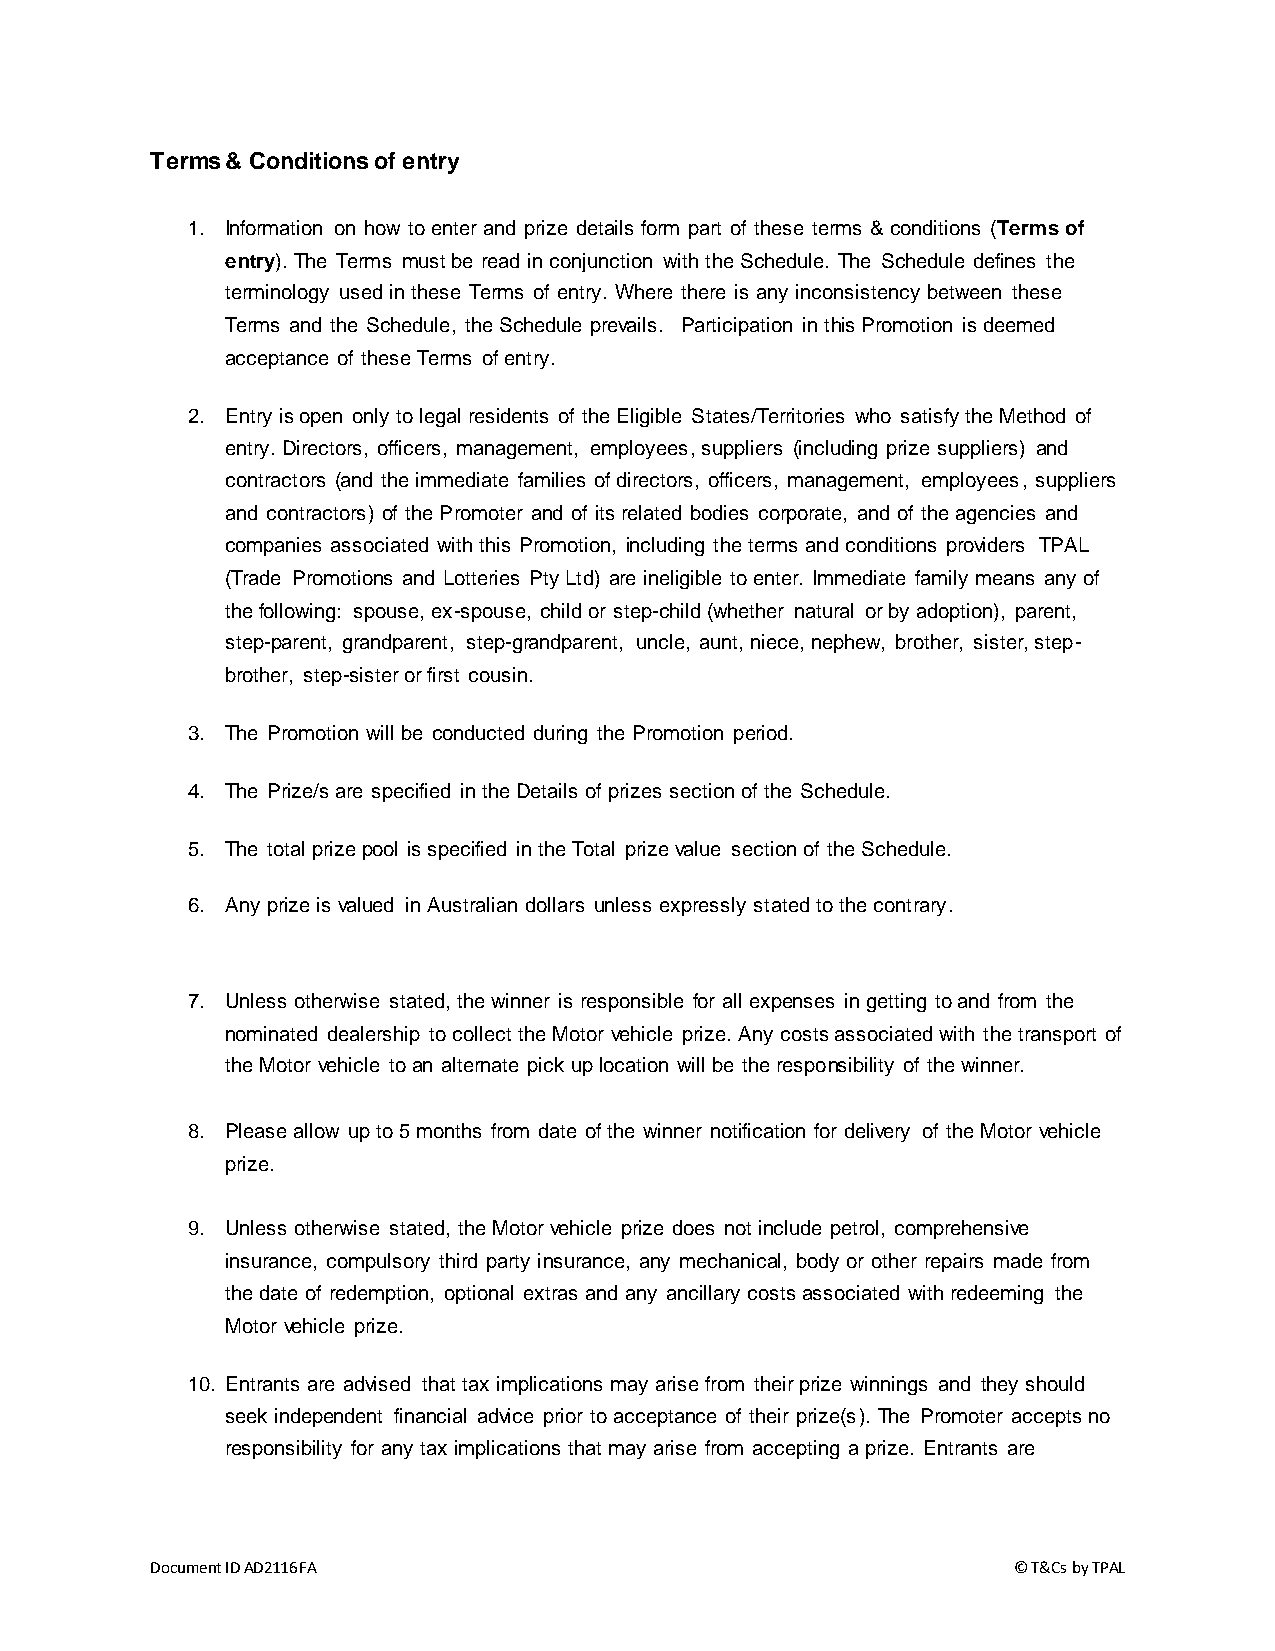
Terms & Conditions of entry
 1. Information on how to enter and prize details form part of these terms & conditions (Terms of
 entry). The Terms must be read in conjunction with the Schedule. The Schedule defines the
 terminology used in these Terms of entry. Where there is any inconsistency between these
 Terms and the Schedule, the Schedule prevails. Participation in this Promotion is deemed
 acceptance of these Terms of entry.
 2. Entry is open only to legal residents of the Eligible States/Territories who satisfy the Method of
 entry. Directors, officers, management, employees, suppliers (including prize suppliers) and
 contractors (and the immediate families of directors, officers, management, employees, suppliers
 and contractors) of the Promoter and of its related bodies corporate, and of the agencies and
 companies associated with this Promotion, including the terms and conditions providers TPAL
 (Trade Promotions and Lotteries Pty Ltd) are ineligible to enter. Immediate family means any of
 the following: spouse, ex-spouse, child or step-child (whether natural or by adoption), parent,
 step-parent, grandparent, step-grandparent, uncle, aunt, niece, nephew, brother, sister, step-
 brother, step-sister or first cousin.
 3. The Promotion will be conducted during the Promotion period.
 4. The Prize/s are specified in the Details of prizes section of the Schedule.
 5. The total prize pool is specified in the Total prize value section of the Schedule.
 6. Any prize is valued in Australian dollars unless expressly stated to the contrary.
 7. Unless otherwise stated, the winner is responsible for all expenses in getting to and from the
 nominated dealership to collect the Motor vehicle prize. Any costs associated with the transport of
 the Motor vehicle to an alternate pick up location will be the responsibility of the winner.
 8. Please allow up to 5 months from date of the winner notification for delivery of the Motor vehicle
 prize.
 9. Unless otherwise stated, the Motor vehicle prize does not include petrol, comprehensive
 insurance, compulsory third party insurance, any mechanical, body or other repairs made from
 the date of redemption, optional extras and any ancillary costs associated with redeeming the
 Motor vehicle prize.
 10. Entrants are advised that tax implications may arise from their prize winnings and they should
 seek independent financial advice prior to acceptance of their prize(s). The Promoter accepts no
 responsibility for any tax implications that may arise from accepting a prize. Entrants are
 Document ID AD2116FA                                     © T&Cs by TPAL